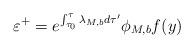
LaTeX: \begin{align*} \varepsilon^+=e^{\int_{\tau_0}^\tau \lambda_{M,b} d\tau'} \phi_{M,b} f(y)\end{align*}